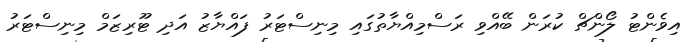
އިވެންޓު ލޯންޗް ކުރަން ބޭއްވި ރަސްމިއްޔާތުގައި މިނިސްޓަރު ފައްޔާޒު އަދި ޓޫރިޒަމް މިނިސްޓަރު